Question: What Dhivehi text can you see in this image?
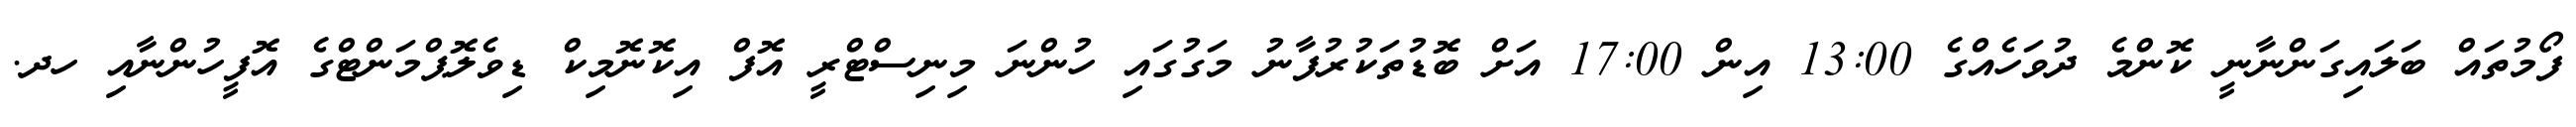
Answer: ފޯމުތައް ބަލައިގަންނާނީ ކޮންމެ ދުވަހެއްގެ 13:00 އިން 17:00 އަށް ބޮޑުތަކުރުފާނު މަގުގައި ހުންނަ މިނިސްޓްރީ އޮފް އިކޮނޮމިކް ޑިވެލޮޕްމަންޓްގެ އޮފީހުންނާއި ހދ.